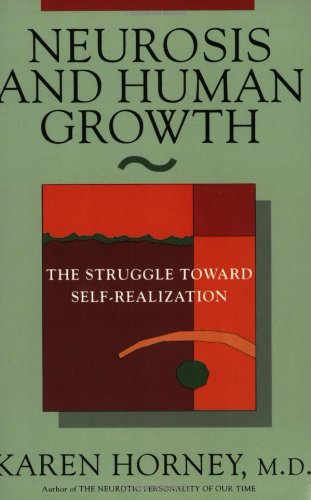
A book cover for Neurosis and Human Growth: The Struggle Towards Self-Realization; Karen Horney; Medical Books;